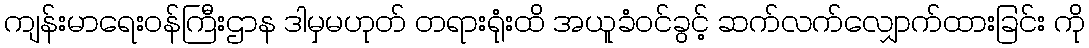
ကျန်းမာရေးဝန်ကြီးဌာန ဒါမှမဟုတ် တရားရုံးထိ အယူခံဝင်ခွင့် ဆက်လက်လျှောက်ထားခြင်း ကို